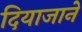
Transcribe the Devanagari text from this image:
दियाजाने